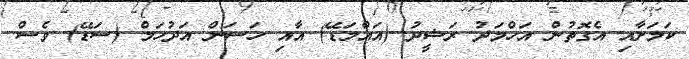
ކަމަށާއި އެގޮތުން އަހްމަދު ރަޝީދު (އައްމަޑޭ) އާއި ހަސަަން އަދުހަމް (ސަޑޭ) ވެސް